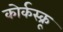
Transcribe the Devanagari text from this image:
कोर्कस्क्रू